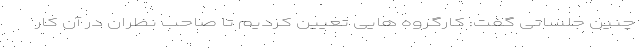
چنین جلساتی گفت: کارگروه هایی تعیین کردیم تا صاحب نظران در آن کار